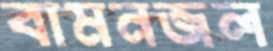
বামনজল